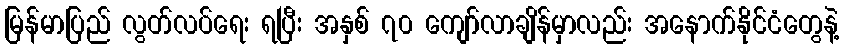
မြန်မာပြည် လွတ်လပ်ရေး ရပြီး အနှစ် ၇၀ ကျော်လာချိန်မှာလည်း အနောက်နိုင်ငံတွေနဲ့